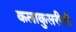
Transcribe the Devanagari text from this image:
कलाकुसरीची